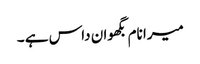
میرا نام بگھوان داس ہے ۔